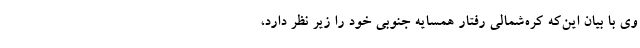
وی با بیان این‌که کره‌شمالی رفتار همسایه جنوبی خود را زیر نظر دارد،